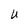
Character: U